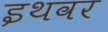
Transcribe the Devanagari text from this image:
इथवर